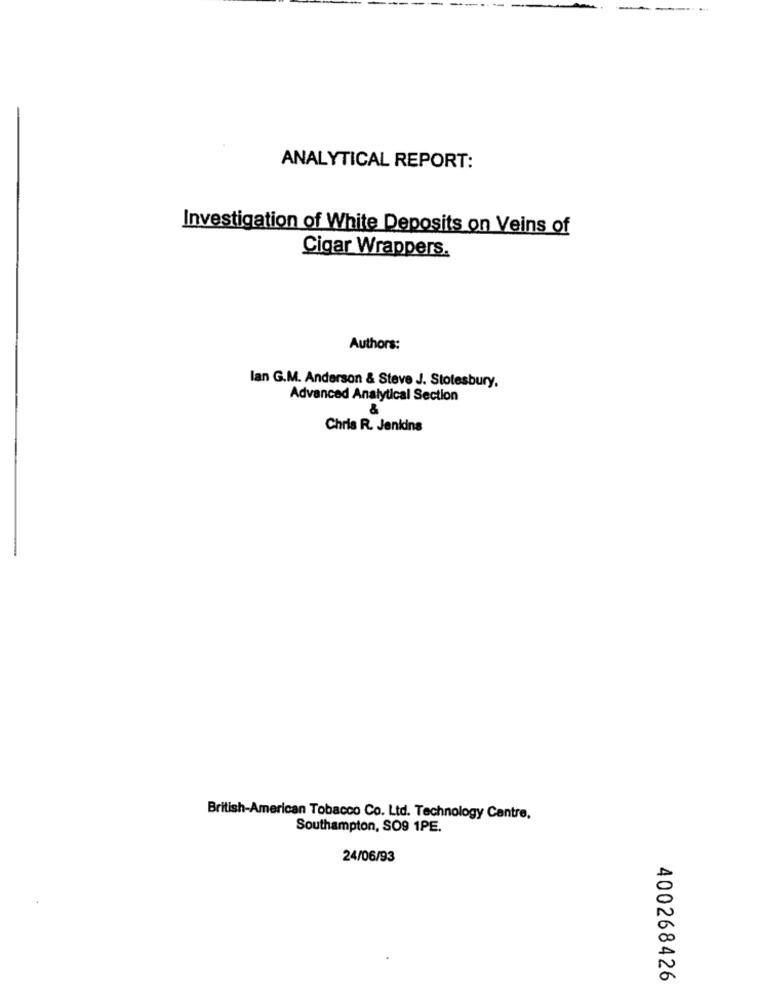
ANALYTICAL REPORT:
Investigation of White Deposits on Veins of
Cigar Wrappers.
Authors:
lan G.M. Anderson & Steve J. Stotesbury,
Advanced Analytical Section
&
Chris R. Jenidns
British-American Tobacco Co. Ltd. Technology Cantre.
Southampton, SO9 1PE.
24/06/93
400268426